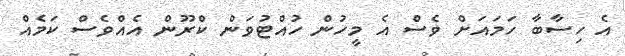
އެ ހިސާބާ ހަމައަށް ވެސް އެ މީހުން ހުއްޓުވަން ކްރޫން އެއްވެސް ކަމެއް